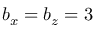
b _ { x } = b _ { z } = 3